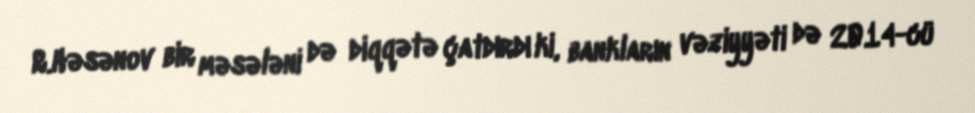
R.Həsənov bir məsələni də diqqətə çatdırdı ki, bankların vəziyyəti də 2014-cü